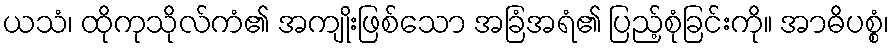
ယသံ၊ ထိုကုသိုလ်ကံ၏ အကျိုးဖြစ်သော အခြံအရံ၏ ပြည့်စုံခြင်းကို။ အာဓိပစ္စံ၊